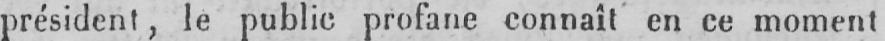
président, le public profane connaît en ce moment